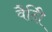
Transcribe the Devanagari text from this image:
वैदीि